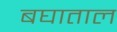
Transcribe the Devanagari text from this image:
बघाताल